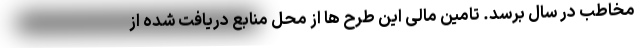
مخاطب در سال برسد. تامین مالی این طرح ها از محل منابع دریافت شده از